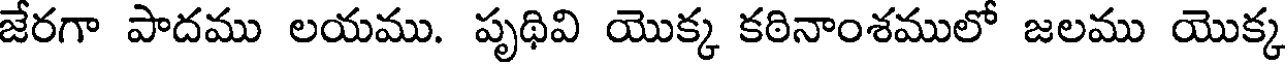
జేరగా పాదము లయము. పృథివి యొక్క కఠినాంశములో జలము యొక్క